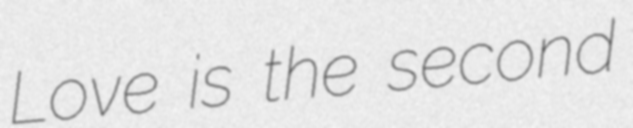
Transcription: Love is the second